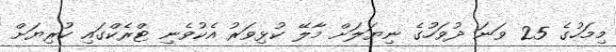
މިމަހުގެ 25 ވަނަ ދުވަހުގެ ނިޔަލަށް މާލޭ ކުޅިވަރު އެކުވެނި ޓްރެކްގައި ކުރިޔަށް